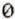
0